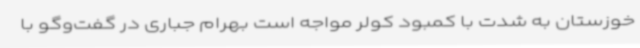
خوزستان به شدت با کمبود کولر مواجه است بهرام جباری در گفت‌وگو با